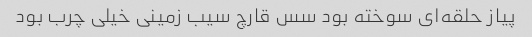
پیاز حلقه‌ای سوخته بود سس قارچ سیب زمینی خیلی چرب بود